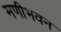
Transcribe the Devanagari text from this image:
मणीभवन